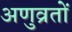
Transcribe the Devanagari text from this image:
अणुव्रतों